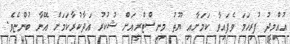
އުއްމީދު ފުރިހަމަ ވެފައިވާ ކަމަށާއި ޔޫތު މިނިސްޓްރީއަށް ޝުކުރު އަދާކުރާކަމަށް އޭނާ ބުންޏެވެ.